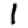
Digit: 1